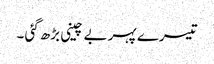
تیسرے پہر بے چینی بڑھ گئی ۔